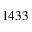
1 4 3 3